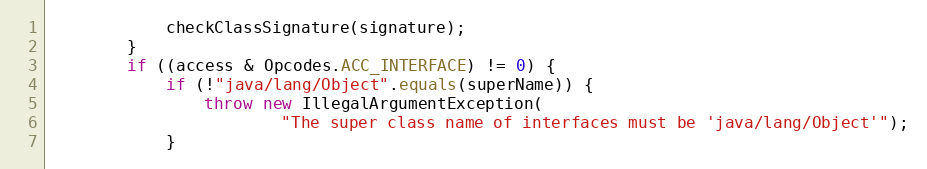
Language: Java
            checkClassSignature(signature);
        }
        if ((access & Opcodes.ACC_INTERFACE) != 0) {
            if (!"java/lang/Object".equals(superName)) {
                throw new IllegalArgumentException(
                        "The super class name of interfaces must be 'java/lang/Object'");
            }